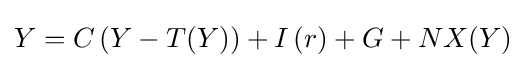
Y=C\left({Y}-{T(Y)}\right)+I\left({r}\right)+G+NX(Y)